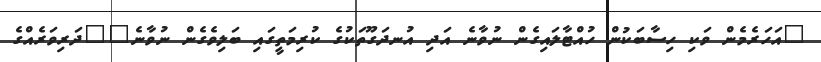
"އަހަރެމެން ވަކި ހިސާބަކުން ހުއްޓާލައިގެން ނުވާނެ އަދި އުނދަގޫތަކުގެ ކުރިމަތީގައި ބަލިވެގެން ނުވާނެ""ދަރިވަރެއްގެ